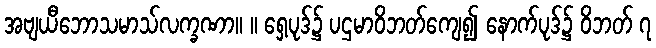
အဗျယီဘောသမာသ်လက္ခဏာ။ ။ ရှေ့ပုဒ်၌ ပဌမာဝိဘတ်ကျေ၍ နောက်ပုဒ်၌ ဝိဘတ် ၇